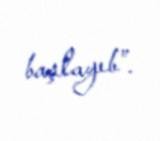
başlayıb”.